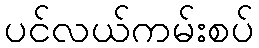
ပင်လယ်ကမ်းစပ်